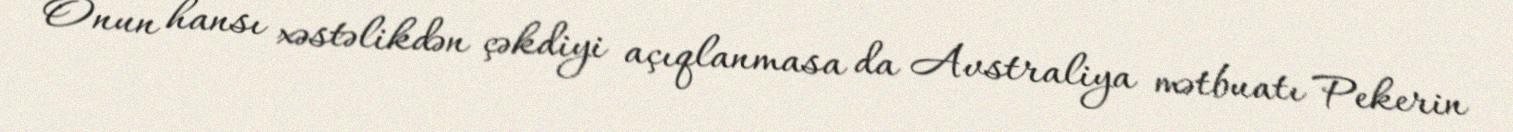
Onun hansı xəstəlikdən çəkdiyi açıqlanmasa da Avstraliya mətbuatı Pekerin